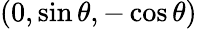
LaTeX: (0,\sin\theta,-\cos\theta)